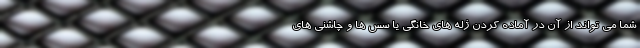
شما می تواند از آن در آماده کردن ژله های خانگی یا سس ها و چاشنی های